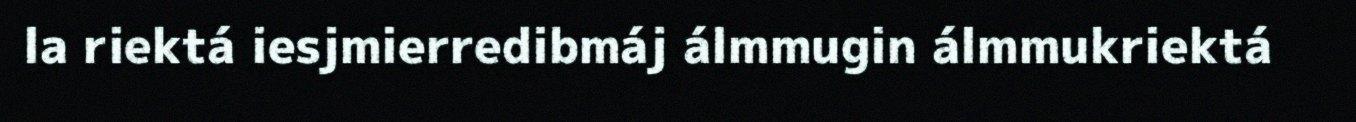
la riektá iesjmierredibmáj álmmugin álmmukriektá